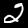
Label: 2